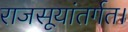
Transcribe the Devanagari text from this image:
राजसूयांतर्गत।